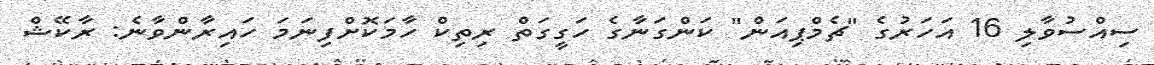
ސިއްސުވާލި 16 އަހަރުގެ "ޗެމްޕިއަން" ކަންގަނާގެ ހަގީގަތް ރިތިކް ހާމަކޮށްފިނަމަ ހައިރާންވާނެ: ރާކޭޝް